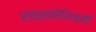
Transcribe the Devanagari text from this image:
रक्तकोशिकाएँ